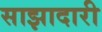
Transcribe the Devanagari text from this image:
साझादारी